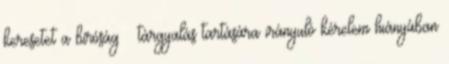
keresetet a bíróság — tárgyalás tartására irányuló kérelem hiányában